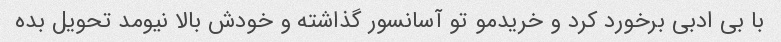
با بی ادبی برخورد کرد و خریدمو تو آسانسور گذاشته و خودش بالا نیومد تحویل بده